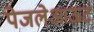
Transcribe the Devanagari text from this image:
पेजलेआऊट